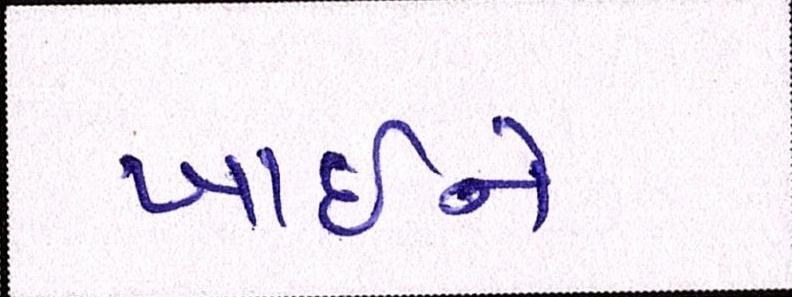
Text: ખાઇને